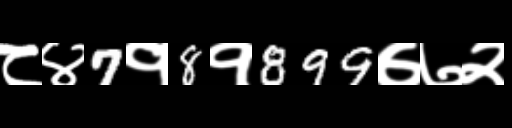
Text: ८४7१8१899७७२